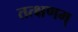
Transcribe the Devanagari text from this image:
तत्क्षणम्